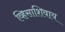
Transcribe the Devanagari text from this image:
व्हिसाशिवाय